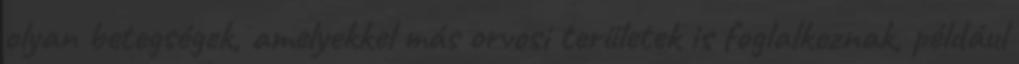
olyan betegségek, amelyekkel más orvosi területek is foglalkoznak, például